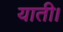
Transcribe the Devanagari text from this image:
याती।